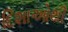
દિશાઓથી